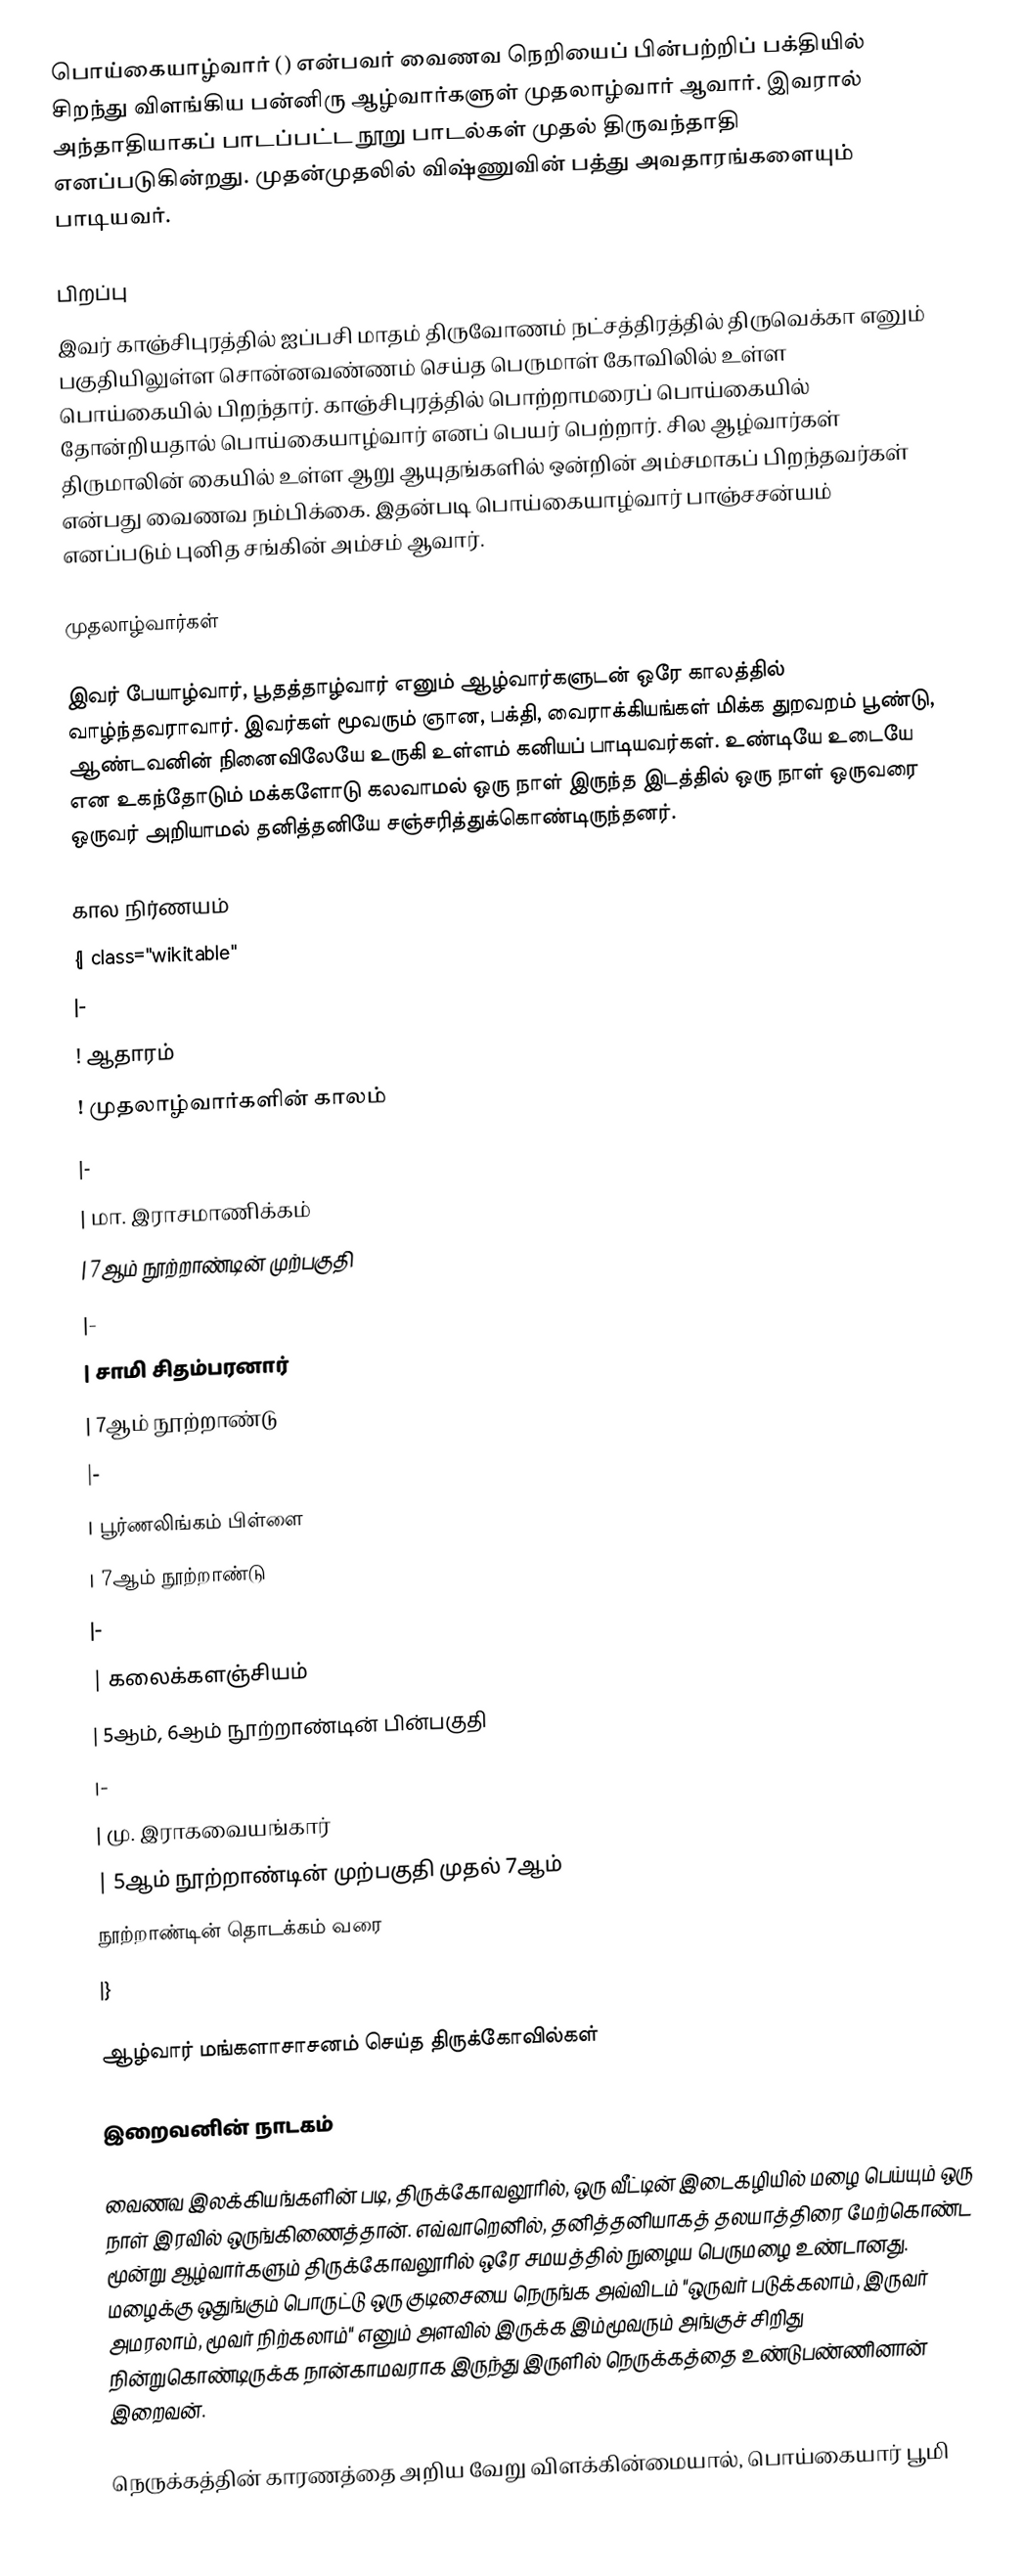
பொய்கையாழ்வார் () என்பவர் வைணவ நெறியைப் பின்பற்றிப் பக்தியில் சிறந்து விளங்கிய பன்னிரு ஆழ்வார்களுள் முதலாழ்வார் ஆவார். இவரால் அந்தாதியாகப் பாடப்பட்ட நூறு பாடல்கள் முதல் திருவந்தாதி எனப்படுகின்றது. முதன்முதலில் விஷ்ணுவின் பத்து அவதாரங்களையும் பாடியவர்.

பிறப்பு
இவர் காஞ்சிபுரத்தில் ஐப்பசி மாதம் திருவோணம் நட்சத்திரத்தில் திருவெக்கா எனும் பகுதியிலுள்ள சொன்னவண்ணம் செய்த பெருமாள் கோவிலில் உள்ள பொய்கையில் பிறந்தார். காஞ்சிபுரத்தில் பொற்றாமரைப் பொய்கையில் தோன்றியதால் பொய்கையாழ்வார் எனப் பெயர் பெற்றார்.  சில ஆழ்வார்கள் திருமாலின் கையில் உள்ள ஆறு ஆயுதங்களில் ஒன்றின் அம்சமாகப் பிறந்தவர்கள் என்பது வைணவ நம்பிக்கை. இதன்படி பொய்கையாழ்வார் பாஞ்சசன்யம் எனப்படும் புனித சங்கின் அம்சம் ஆவார்.

முதலாழ்வார்கள்

இவர் பேயாழ்வார், பூதத்தாழ்வார் எனும் ஆழ்வார்களுடன் ஒரே காலத்தில் வாழ்ந்தவராவார். இவர்கள் மூவரும் ஞான, பக்தி, வைராக்கியங்கள் மிக்க துறவறம் பூண்டு, ஆண்டவனின் நினைவிலேயே உருகி உள்ளம் கனியப் பாடியவர்கள். உண்டியே உடையே என உகந்தோடும் மக்களோடு கலவாமல் ஒரு நாள் இருந்த இடத்தில் ஒரு நாள் ஒருவரை ஒருவர் அறியாமல் தனித்தனியே சஞ்சரித்துக்கொண்டிருந்தனர்.

கால நிர்ணயம்
{| class="wikitable"
|-
! ஆதாரம்
! முதலாழ்வார்களின் காலம்
|-
| மா. இராசமாணிக்கம்
| 7ஆம் நூற்றாண்டின் முற்பகுதி
|-
| சாமி சிதம்பரனார்
| 7ஆம் நூற்றாண்டு
|-
| பூர்ணலிங்கம் பிள்ளை
| 7ஆம் நூற்றாண்டு
|-
| கலைக்களஞ்சியம்
| 5ஆம், 6ஆம் நூற்றாண்டின் பின்பகுதி
|-
| மு. இராகவையங்கார்
| 5ஆம் நூற்றாண்டின் முற்பகுதி முதல் 7ஆம்
நூற்றாண்டின் தொடக்கம் வரை
|}

ஆழ்வார் மங்களாசாசனம் செய்த திருக்கோவில்கள்

இறைவனின் நாடகம்

வைணவ இலக்கியங்களின் படி, திருக்கோவலூரில், ஒரு வீட்டின் இடைகழியில் மழை பெய்யும் ஒரு நாள் இரவில் ஒருங்கிணைத்தான். எவ்வாறெனில், தனித்தனியாகத் தலயாத்திரை மேற்கொண்ட மூன்று ஆழ்வார்களும் திருக்கோவலூரில் ஒரே சமயத்தில் நுழைய பெருமழை உண்டானது. மழைக்கு ஒதுங்கும் பொருட்டு ஒரு குடிசையை நெருங்க அவ்விடம் "ஒருவர் படுக்கலாம், இருவர் அமரலாம், மூவர் நிற்கலாம்" எனும் அளவில் இருக்க இம்மூவரும் அங்குச் சிறிது நின்றுகொண்டிருக்க நான்காமவராக இருந்து இருளில் நெருக்கத்தை உண்டுபண்ணினான் இறைவன்.

நெருக்கத்தின் காரணத்தை அறிய வேறு விளக்கின்மையால், பொய்கையார் பூமி